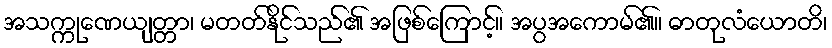
အသက္ကုဏေယျတ္တာ၊ မတတ်နိုင်သည်၏ အဖြစ်ကြောင့်။ အပွအကောမ်၏။ ဓာတုလံယောတိ၊